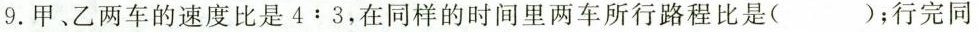
9，甲乙两车的速度比是4:3，在同样的时间里两车所行路程比是（）；行完同